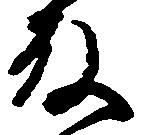
殿